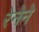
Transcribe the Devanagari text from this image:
रेनेने